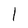
Character: l